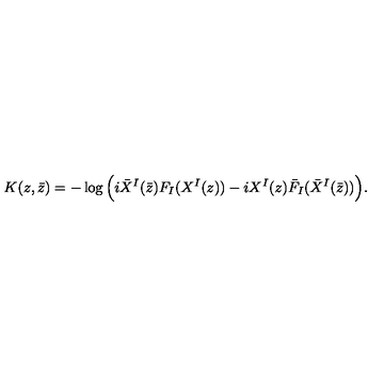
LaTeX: K ( z , \bar { z } ) = - \log \Big ( i \bar { X } ^ { I } ( \bar { z } ) F _ { I } ( X ^ { I } ( z ) ) - i X ^ { I } ( z ) \bar { F } _ { I } ( \bar { X } ^ { I } ( \bar { z } ) ) \Big ) .